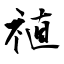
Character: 禃